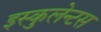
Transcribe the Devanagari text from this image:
इस्कुलेन्टस